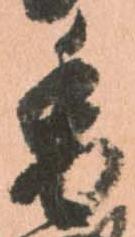
香